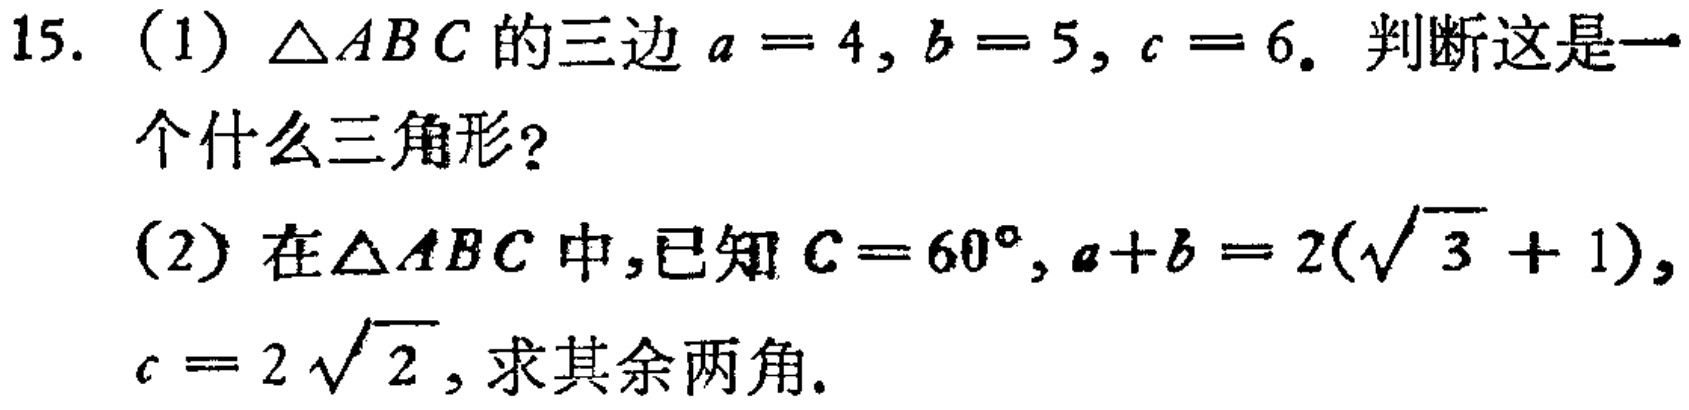
15. (1) \(\triangle ABC\) 的三边 \(a = 4\), \(b = 5\), \(c = 6\). 判断这是一
个什么三角形?
(2) 在\(\triangle ABC\) 中,已知 \(C = 60^{\circ}\), \(a + b = 2(\sqrt{3} + 1)\),
\(c = 2\sqrt{2}\), 求其余两角.